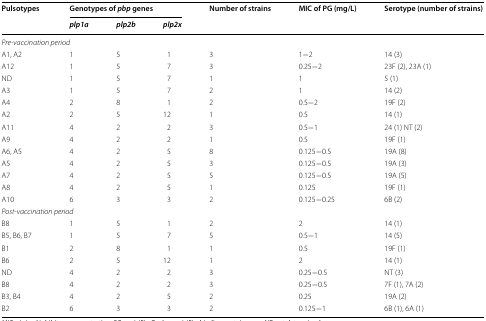
<table><thead><tr><td rowspan="2"><b>Pulsotypes</b></td><td colspan="3"><b>Genotypes of <i>pbp</i> genes</b></td><td rowspan="2"><b>Number of strains</b></td><td rowspan="2"><b>MIC of PG (mg/L)</b></td><td rowspan="2"><b>Serotype (number of strains)</b></td></tr><tr><td><b><i>plp1a</i></b></td><td><b><i>plp2b</i></b></td><td><b><i>plp2x</i></b></td></tr></thead><tbody><tr><td colspan="7"><i>Pre-vaccination period</i></td></tr><tr><td>A1, A2</td><td>1</td><td>5</td><td>1</td><td>3</td><td>1−2</td><td>14 (3)</td></tr><tr><td>A12</td><td>1</td><td>5</td><td>7</td><td>3</td><td>0.25−2</td><td>23F (2), 23A (1)</td></tr><tr><td>ND</td><td>1</td><td>5</td><td>7</td><td>1</td><td>1</td><td>5 (1)</td></tr><tr><td>A3</td><td>1</td><td>5</td><td>7</td><td>2</td><td>1</td><td>14 (2)</td></tr><tr><td>A4</td><td>2</td><td>8</td><td>1</td><td>2</td><td>0.5−2</td><td>19F (2)</td></tr><tr><td>A2</td><td>2</td><td>5</td><td>12</td><td>1</td><td>0.5</td><td>14 (1)</td></tr><tr><td>A11</td><td>4</td><td>2</td><td>2</td><td>3</td><td>0.5−1</td><td>24 (1) NT (2)</td></tr><tr><td>A9</td><td>4</td><td>2</td><td>2</td><td>1</td><td>0.5</td><td>19F (1)</td></tr><tr><td>A6, A5</td><td>4</td><td>2</td><td>5</td><td>8</td><td>0.125−0.5</td><td>19A (8)</td></tr><tr><td>A5</td><td>4</td><td>2</td><td>5</td><td>3</td><td>0.125−0.5</td><td>19A (3)</td></tr><tr><td>A7</td><td>4</td><td>2</td><td>5</td><td>5</td><td>0.125−0.5</td><td>19A (5)</td></tr><tr><td>A8</td><td>4</td><td>2</td><td>5</td><td>1</td><td>0.125</td><td>19F (1)</td></tr><tr><td>A10</td><td>6</td><td>3</td><td>3</td><td>2</td><td>0.125−0.25</td><td>6B (2)</td></tr><tr><td colspan="7"><i>Post-vaccination period</i></td></tr><tr><td>B8</td><td>1</td><td>5</td><td>1</td><td>2</td><td>2</td><td>14 (1)</td></tr><tr><td>B5, B6, B7</td><td>1</td><td>5</td><td>7</td><td>5</td><td>0.5−1</td><td>14 (5)</td></tr><tr><td>B1</td><td>2</td><td>8</td><td>1</td><td>1</td><td>0.5</td><td>19F (1)</td></tr><tr><td>B6</td><td>2</td><td>5</td><td>12</td><td>1</td><td>2</td><td>14 (1)</td></tr><tr><td>ND</td><td>4</td><td>2</td><td>2</td><td>3</td><td>0.25−0.5</td><td>NT (3)</td></tr><tr><td>B8</td><td>4</td><td>2</td><td>2</td><td>3</td><td>0.25−0.5</td><td>7F (1), 7A (2)</td></tr><tr><td>B3, B4</td><td>4</td><td>2</td><td>5</td><td>2</td><td>0.25</td><td>19A (2)</td></tr><tr><td>B2</td><td>6</td><td>3</td><td>3</td><td>2</td><td>0.125−1</td><td>6B (1), 6A (1)</td></tr></tbody></table>